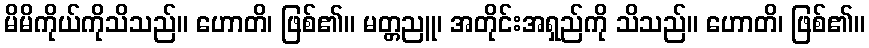
မိမိကိုယ်ကိုသိသည်။ ဟောတိ၊ ဖြစ်၏။ မတ္တညူ၊ အတိုင်းအရှည်ကို သိသည်။ ဟောတိ၊ ဖြစ်၏။